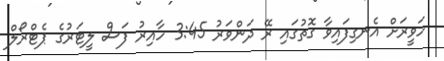
ހަވީރަށް އެނގިފައިވާ ގޮތުގައި ރޭ ދަންވަރު 3:45 ހާއިރު ފަސް ލީޓަރުގެ ޕެޓްރޯލް